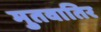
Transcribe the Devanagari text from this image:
मुतवातिर